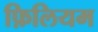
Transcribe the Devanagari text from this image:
फ़िलियम